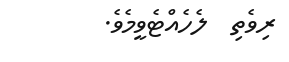
ރިވެތި  ލެހެއްޓެވީމެވެ.